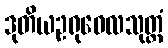
ဒုတိယဥရုဝေလသုတ္တံ